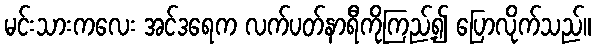
မင်းသားကလေး အင်ဒရေက လက်ပတ်နာရီကိုကြည့်၍ ပြောလိုက်သည်။